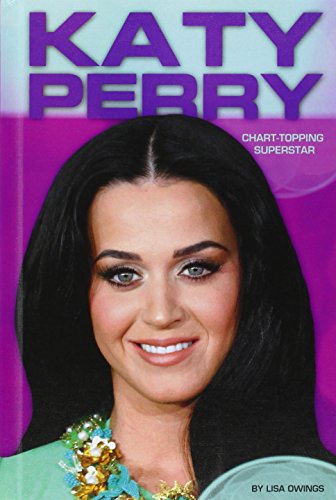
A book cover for Katy Perry: Chart-Topping Superstar (Contemporary Lives Set 4); Lisa Owings; Teen & Young Adult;